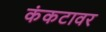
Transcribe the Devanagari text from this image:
कंकटावर